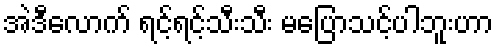
အဲဒီလောက် ရင့်ရင့်သီးသီး မပြောသင့်ပါဘူးဟာ